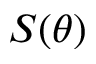
S ( \theta )